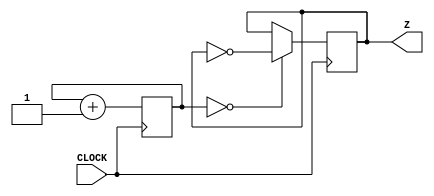
`timescale 1ns / 1ps
//////////////////////////////////////////////////////////////////////////////////
// Company: 
// Engineer: 
// 
// Design Name: 
// Module Name: slowerclock
// Project Name: 
// Target Devices: 
// Tool Versions: 
// Description: 
// 
// Dependencies: 
// 
// Revision:
// Revision 0.01 - File Created
// Additional Comments:
// 
//////////////////////////////////////////////////////////////////////////////////


module slowerclock(
    input CLOCK,
    output reg Z
    );
    reg [15:0] COUNT;  
        
    always @ (posedge CLOCK) begin
         COUNT <= COUNT + 1;
         Z <= (COUNT == 0) ? ~Z : Z;
     end
        
endmodule